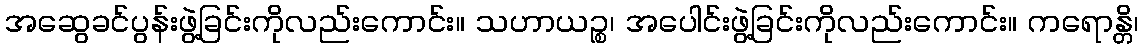
အဆွေခင်ပွန်းဖွဲ့ခြင်းကိုလည်းကောင်း။ သဟာယဉ္စ၊ အပေါင်းဖွဲ့ခြင်းကိုလည်းကောင်း။ ကရောန္တိ၊